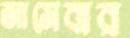
জামেবার